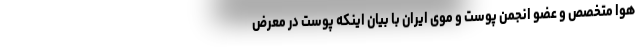
هوا متخصص و عضو انجمن پوست و موی ایران با بیان اینکه پوست در معرض